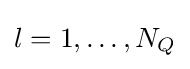
l=1,\ldots ,N_{Q}